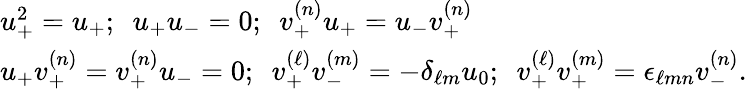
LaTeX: \begin{array}{l}{{u_{+}^{2}=u_{+};\ \ u_{+}u_{-}=0;\ \ v_{+}^{(n)}u_{+}=u_{-}v_{+}^{(n)}}}\\ {{u_{+}v_{+}^{(n)}=v_{+}^{(n)}u_{-}=0;\ \ v_{+}^{(\ell)}v_{-}^{(m)}=-\delta_{\ell m}u_{0};\ \ v_{+}^{(\ell)}v_{+}^{(m)}=\epsilon_{\ell mn}v_{-}^{(n)}.}}\end{array}